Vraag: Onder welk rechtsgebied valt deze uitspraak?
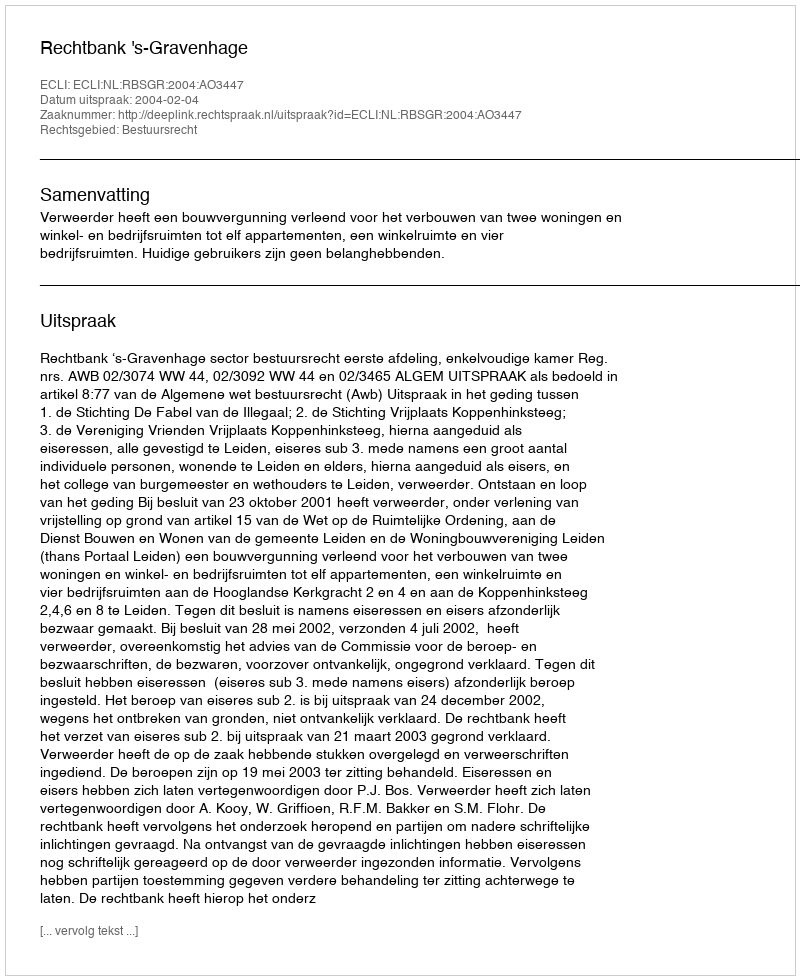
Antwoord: Bestuursrecht